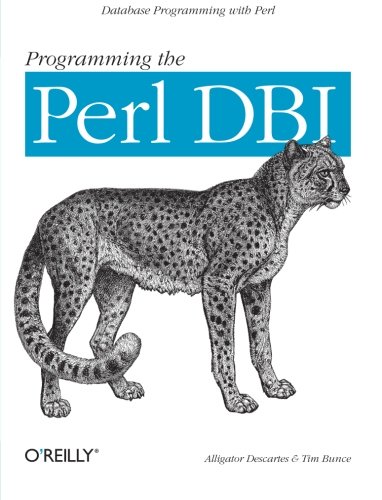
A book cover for Programming the Perl DBI: Database programming with Perl; Tim Bunce; Computers & Technology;